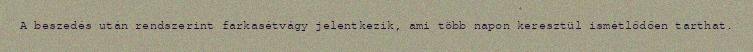
A beszedés után rendszerint farkasétvágy jelentkezik, ami több napon keresztül ismétlődően tarthat.